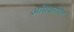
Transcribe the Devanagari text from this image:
अधिकारित